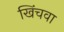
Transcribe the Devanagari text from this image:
खिंचवा